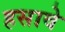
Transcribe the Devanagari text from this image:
हसावे